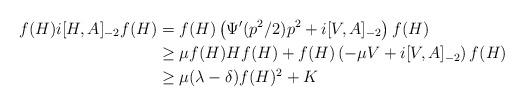
LaTeX: \begin{align*}f(H)i[H,A]_{-2}f(H)&=f(H)\left(\Psi'(p^2/2)p^2+i[V,A]_{-2}\right)f(H)\\&\geq\mu f(H)Hf(H)+f(H)\left(-\mu V+i[V,A]_{-2}\right)f(H)\\&\geq\mu(\lambda-\delta)f(H)^2+K\end{align*}